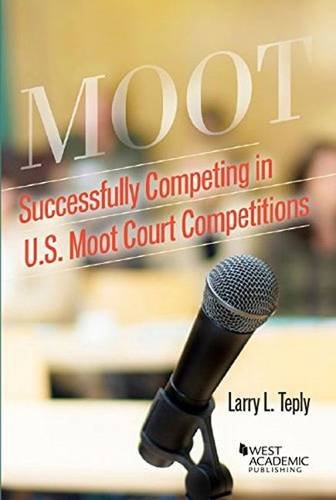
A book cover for Successfully Competing in U.S. Moot Court Competitions (Career Guides); Larry Teply; Law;